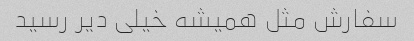
سفارش مثل همیشه خیلی دیر رسید